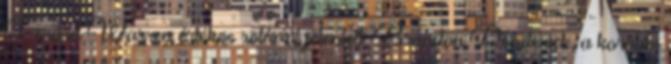
Gerard Warren értékes rotációt jelentett. Brandon Deaderick, a korábbi